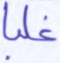
غلبا